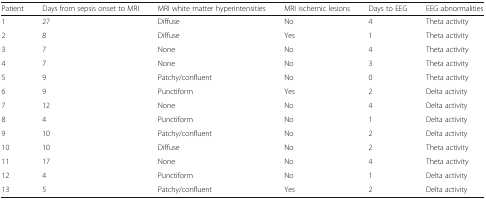
<table><thead><tr><td><b>Patient</b></td><td><b>Days from sepsis onset to MRI</b></td><td><b>MRI white matter hyperintensities</b></td><td><b>MRI ischemic lesions</b></td><td><b>Days to EEG</b></td><td><b>EEG abnormalities</b></td></tr></thead><tbody><tr><td>1</td><td>27</td><td>Diffuse</td><td>No</td><td>4</td><td>Theta activity</td></tr><tr><td>2</td><td>8</td><td>Diffuse</td><td>Yes</td><td>1</td><td>Theta activity</td></tr><tr><td>3</td><td>7</td><td>None</td><td>No</td><td>4</td><td>Theta activity</td></tr><tr><td>4</td><td>7</td><td>None</td><td>No</td><td>3</td><td>Theta activity</td></tr><tr><td>5</td><td>9</td><td>Patchy/confluent</td><td>No</td><td>0</td><td>Theta activity</td></tr><tr><td>6</td><td>9</td><td>Punctiform</td><td>Yes</td><td>2</td><td>Delta activity</td></tr><tr><td>7</td><td>12</td><td>None</td><td>No</td><td>4</td><td>Delta activity</td></tr><tr><td>8</td><td>4</td><td>Punctiform</td><td>No</td><td>1</td><td>Delta activity</td></tr><tr><td>9</td><td>10</td><td>Patchy/confluent</td><td>No</td><td>2</td><td>Delta activity</td></tr><tr><td>10</td><td>10</td><td>Diffuse</td><td>No</td><td>2</td><td>Theta activity</td></tr><tr><td>11</td><td>17</td><td>None</td><td>No</td><td>4</td><td>Theta activity</td></tr><tr><td>12</td><td>4</td><td>Punctiform</td><td>No</td><td>1</td><td>Delta activity</td></tr><tr><td>13</td><td>5</td><td>Patchy/confluent</td><td>Yes</td><td>2</td><td>Delta activity</td></tr></tbody></table>